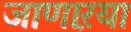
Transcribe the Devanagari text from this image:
जाणाऱया